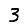
Digit: 3